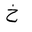
Letter: _kha